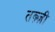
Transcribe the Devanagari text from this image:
तब्र्ज़ी